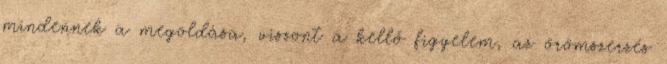
mindennek a megoldása, viszont a kellő figyelem, az örömszerzés